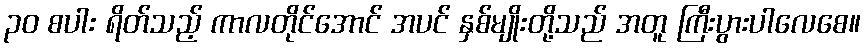
၃၀ စပါး ရိတ်သည့် ကာလတိုင်အောင် အပင် နှစ်မျိုးတို့သည် အတူ ကြီးပွားပါလေစေ။